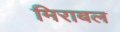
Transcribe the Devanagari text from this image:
मिराबल